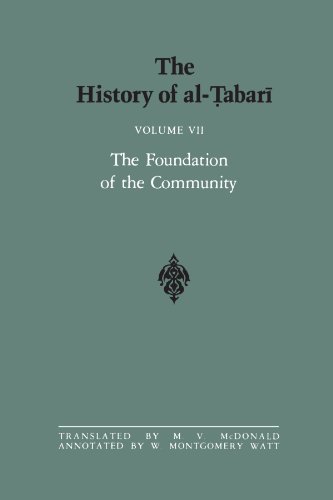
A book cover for The History of al-Tabari Vol. 7: The Foundation of the Community: Muhammad At Al-Madina A.D. 622-626/Hijrah-4 A.H. (SUNY series in Near Eastern Studies); History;